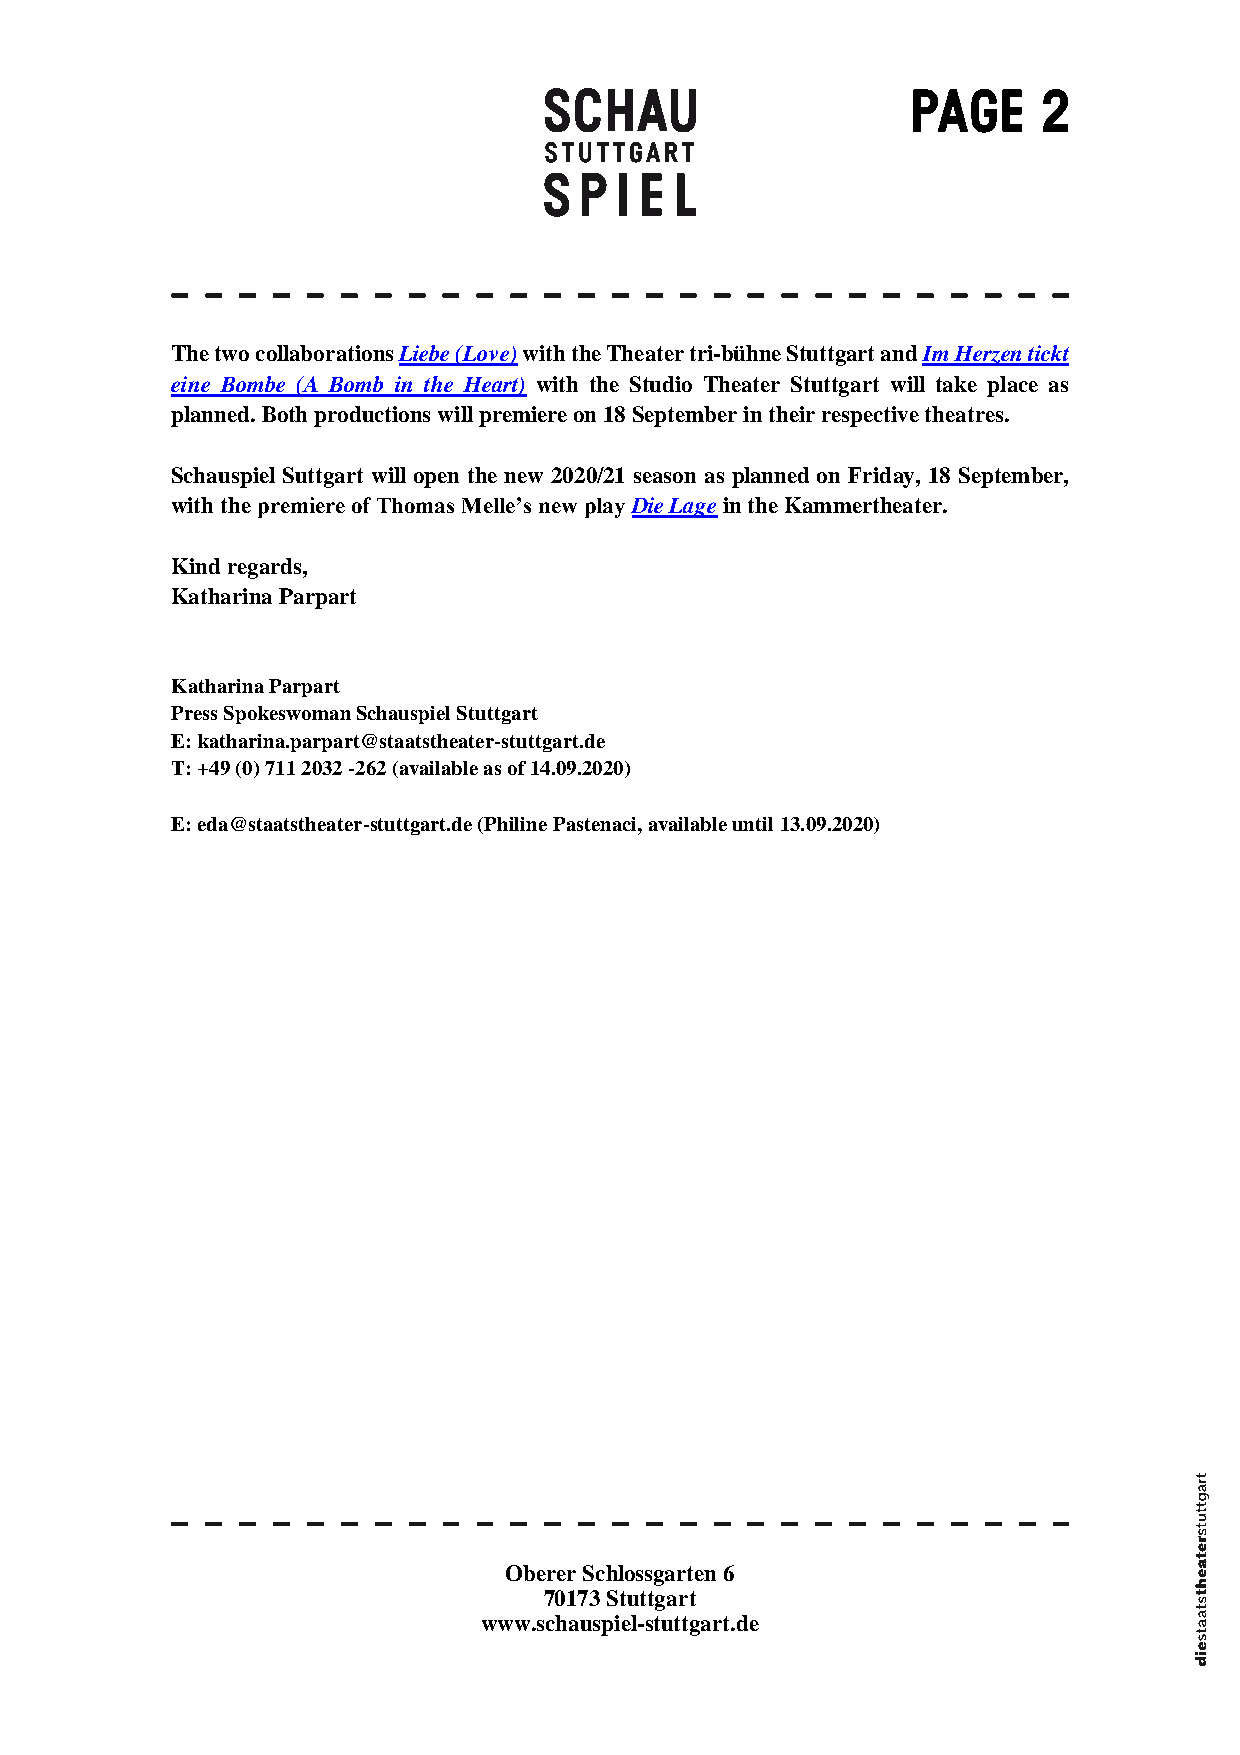
Page     2
 The two collaborations Liebe (Love) with the Theater tri-bühne Stuttgart and Im Herzen tickt
 eine Bombe (A Bomb in the Heart) with the Studio Theater Stuttgart will take place as
 planned. Both productions will premiere on 18 September in their respective theatres.
 Schauspiel Suttgart will open the new 2020/21 season as planned on Friday, 18 September,
 with the premiere of Thomas Melle’s new play Die Lage in the Kammertheater.
 Kind regards,
 Katharina Parpart
 Katharina Parpart
 Press Spokeswoman Schauspiel Stuttgart
 E: katharina.parpart@staatstheater-stuttgart.de
 T: +49 (0) 711 2032 -262 (available as of 14.09.2020)
 E: eda@staatstheater-stuttgart.de (Philine Pastenaci, available until 13.09.2020)
 Oberer Schlossgarten 6
 70173 Stuttgart
 www.schauspiel-stuttgart.de